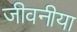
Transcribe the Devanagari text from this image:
जीवनीया